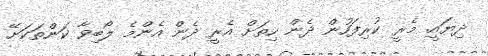
ދިޔައީ. މެރީ ކުރިފަހުން ދެން ހިތަށް އެރީ ދެން އެންމެ ލޯބިވާ ކަންތަކަށޭ